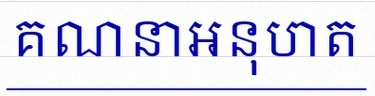
គណនាអនុបាត